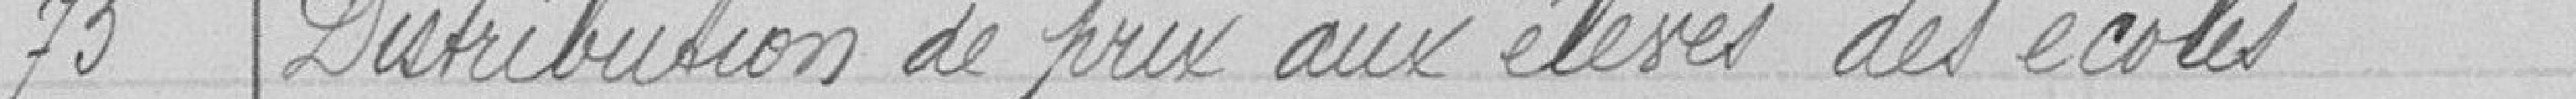
75 Distribution de prix aux élèves des écoles